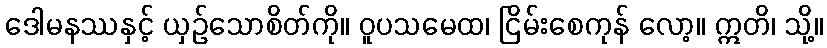
ဒေါမနဿနှင့် ယှဉ်သောစိတ်ကို။ ဝူပသမေထ၊ ငြိမ်းစေကုန် လော့။ ဣတိ၊ သို့။